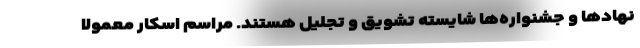
نهادها و جشنواره‌ها شایسته تشویق و تجلیل هستند. مراسم اسکار معمولا